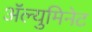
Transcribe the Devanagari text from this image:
ॲल्युमिनेट